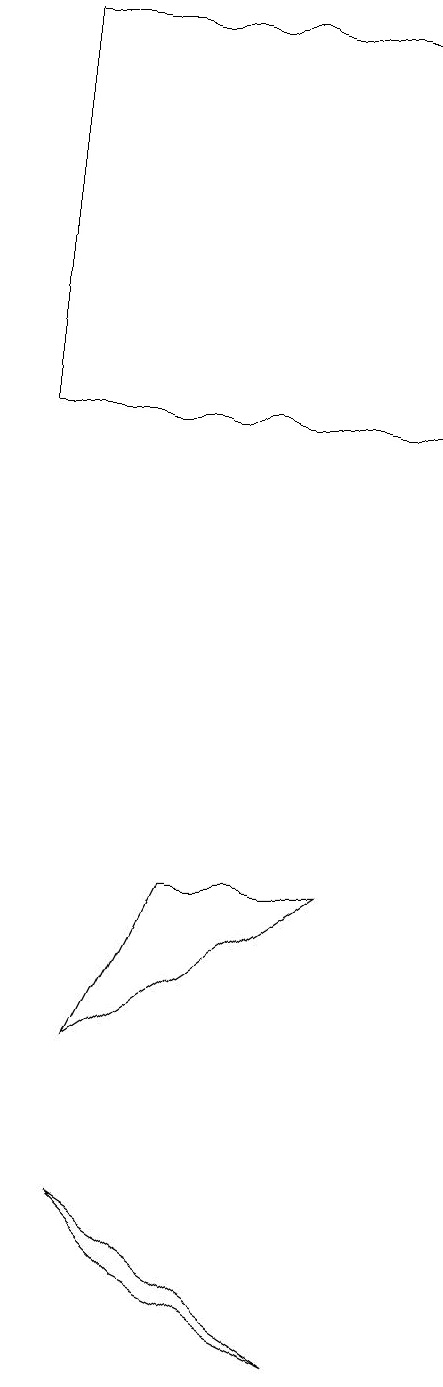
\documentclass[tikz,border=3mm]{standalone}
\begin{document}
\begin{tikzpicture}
\draw (2,12) rectangle (7,17);
\draw (6,0) -- (3,2) -- (4,1) -- cycle;
\draw (4,6) -- (6,6) -- (3,4) -- cycle;
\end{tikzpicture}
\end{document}